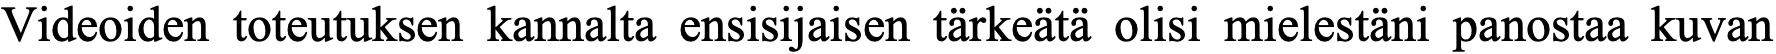
Videoiden toteutuksen kannalta ensisijaisen tärkeätä olisi mielestäni panostaa kuvan